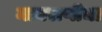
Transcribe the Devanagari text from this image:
मायराणीचा